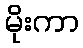
မိုးကာ